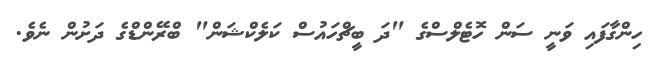
ހިންގާފައި ވަނީ ސަން ހޮޓެލްސްގެ "ދަ ބީޗްހައުސް ކަލެކްޝަން" ބްރޭންޑްގެ ދަށުން ނެވެ.